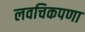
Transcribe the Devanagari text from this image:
लवचिकपणा